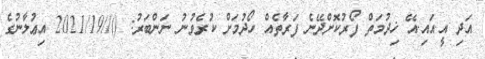
އަދި އީ.އައި.އޭ ޚިދުމަތް ފޯރުކޮށްދޭނެ ފަރާތެއް ހޯދުމަށް ކުރެވުނު ނަންބަރު: ()//2021/19 އިޢުލާނުގެ